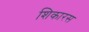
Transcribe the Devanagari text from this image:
शिकारस